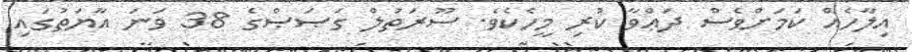
އިލާހެއް ކަމަށްވެސް ދަޢްވާ ކުރި މީހެކެވެ. ސޫރަތުލް ގަޞަޞްގެ 38 ވަނަ އާޔަތުގައި